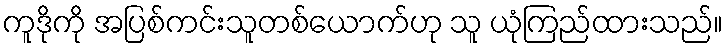
ကူဒိုကို အပြစ်ကင်းသူတစ်ယောက်ဟု သူ ယုံကြည်ထားသည်။